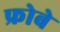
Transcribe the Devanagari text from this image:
फ्रोबे